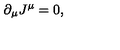
\partial _ { \mu } J ^ { \mu } = 0 ,